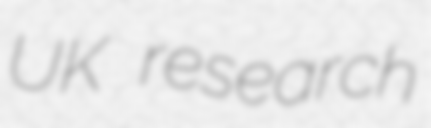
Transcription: UK research